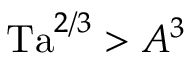
\mathrm { T a } ^ { 2 / 3 } > A ^ { 3 }